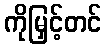
ကိုမြှင့်တင်